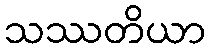
သဿတိယာ